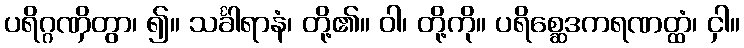
ပရိဂ္ဂဏှိတွာ၊ ၍။ သင်္ခါရာနံ၊ တို့၏။ ဝါ၊ တို့ကို။ ပရိစ္ဆေဒကရဏတ္ထံ၊ ငှါ။